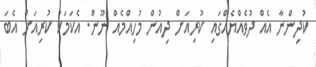
ކުދިންނާ އެއް ދުވެއްޔެއްގައި ކުރިއަށް ދިއުން މުހިއްމެއް ނޫން. އެކަމަކު ކުރިއަށް އެބަ